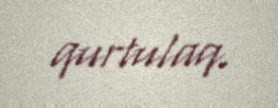
qurtulaq.